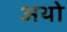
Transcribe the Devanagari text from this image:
अथो